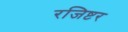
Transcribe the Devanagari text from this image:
रजिष्टर